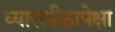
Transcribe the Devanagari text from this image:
व्यासपीठापेक्षा